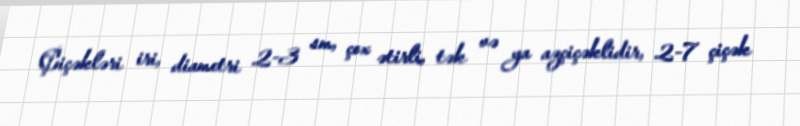
Çiçəkləri iri, diametri 2-3 sm, çox ətirli, tək və ya azçiçəklidir, 2-7 çiçək